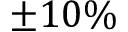
\pm 1 0 \%